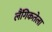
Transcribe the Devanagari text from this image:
लैंगिकतेला